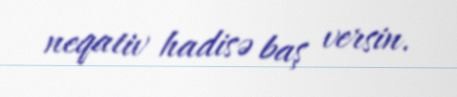
neqativ hadisə baş versin.